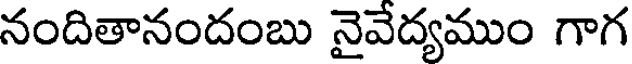
నందితానందంబు నైవేద్యముం గాగ